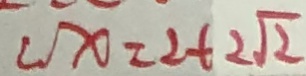
\angle x = 2 + 2 \sqrt { 2 }